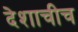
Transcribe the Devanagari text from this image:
देशाचीच